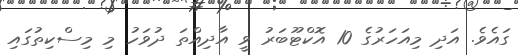
ގައެވެ. އަދި މިއަހަރުގެ 10 އޮކްޓޫބަރު ވީ އާދިއްތަ ދުވަހު މި މިސްކިތުގައި